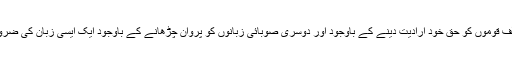
پھیلایا ہے، آگے بڑھایا ہے ، میں سمجھتا ہوں کہ ہندوستان کی مختلف قوموں کو حق خود ارادیت دینے کے باوجود اور دوسری صوبائی زبانوں کو پروان چڑھانے کے باوجود ایک ایسی زبان کی ضرورت باقی رہتی ہے جو اس ملک کی تمام قوموں کی زبان بن سکے۔